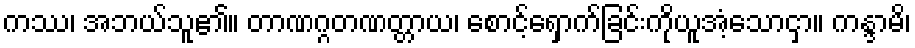
ကဿ၊ အဘယ်သူ၏။ တာဏဂ္ဂတဏတ္တာယ၊ စောင့်ရှောက်ခြင်းကိုယူအံ့သောငှာ။ ကန္ဒာမိ၊